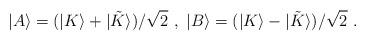
LaTeX: \begin{align*}|A\rangle = (|K\rangle + |{\tilde K}\rangle )/\sqrt{2}\ , \ |B\rangle = (|K\rangle - |{\tilde K}\rangle )/\sqrt{2}\ .\end{align*}